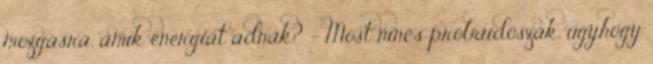
mozgásra, amik energiát adnak? – Most nincs próbaidőszak, úgyhogy